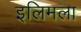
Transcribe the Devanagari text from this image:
इलिमला